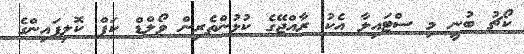
ކޯޗު ބުނީ މި ސްޓައިލާ އެކު ރާއްޖޭގެ ކުޅުންތެރިން ވޯލްޑް ކަޕް ކޮލިފައިންގެ